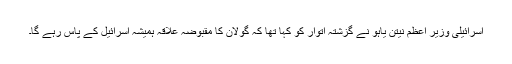
اسرائیلی وزیر اعظم نیتن یاہو نے گزشتہ اتوار کو کہا تھا کہ گولان کا مقبوضہ علاقہ ہمیشہ اسرائیل کے پاس رہے گا۔